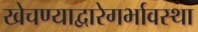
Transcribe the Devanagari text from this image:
खेचण्याद्वारेगर्भावस्था